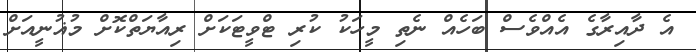
އެ ދާއިރާގެ އެއްވެސް ބަހެއް ނެތި މީހަކު ކުރި ޓްވީޓަކަށް ރިއާޔަތްކޮށް މުޣުނީއަށް